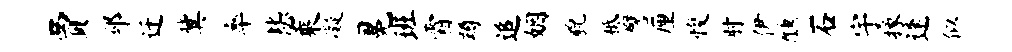
贾邳迁冀率毖乘凝冕班霜蹲追姻貌柢譬厘愎肘伊醺石宇掾逢似